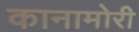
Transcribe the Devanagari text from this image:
कानामोरी